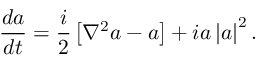
\frac { d a } { d t } = \frac { i } { 2 } \left[ \nabla ^ { 2 } a - a \right] + i a \left| a \right| ^ { 2 } .